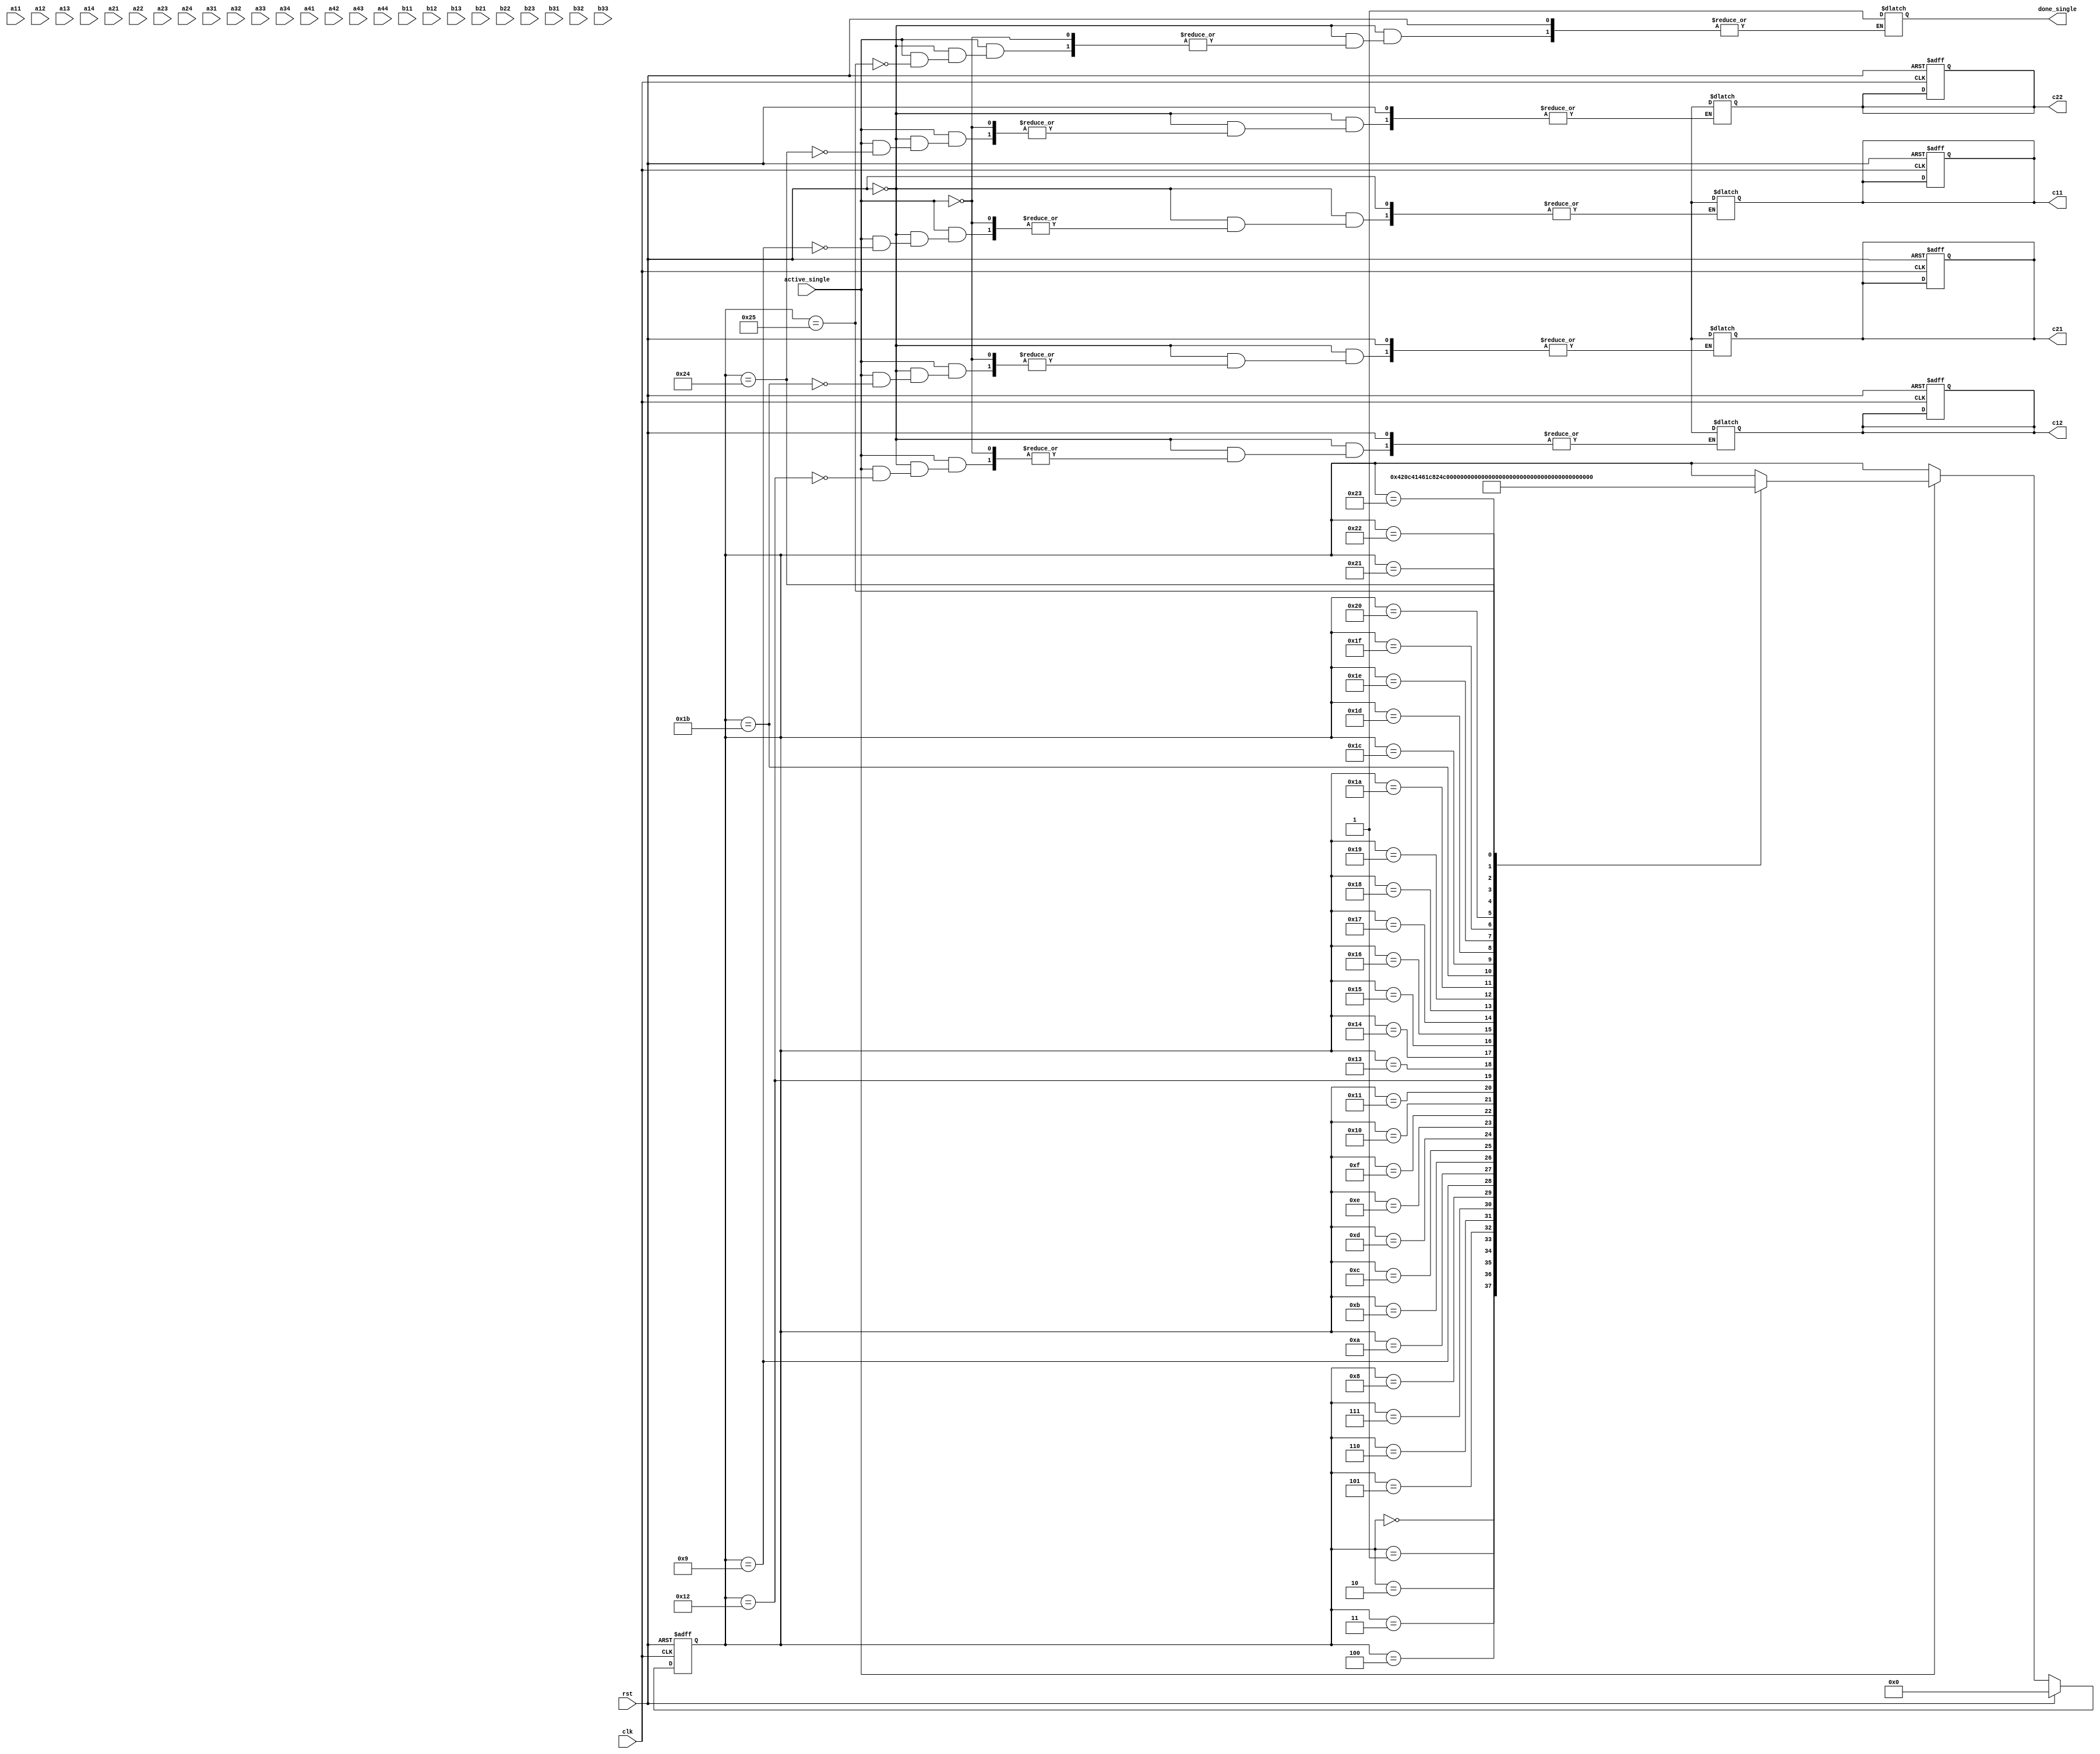


module single_process_array(clk,rst,active_single,a11,a12,a13,a14,a21,a22,a23,a24,a31,a32,a33,a34,a41,a42,a43,a44,
b11,b12,b13,b21,b22,b23,b31,b32,b33,done_single,c11,c12,c21,c22);

    input clk,rst,active_single;
    
    input [7:0] a11,a12,a13,a14,
                a21,a22,a23,a24,
                a31,a32,a33,a34,
                a41,a42,a43,a44;
    
    input [7:0] b11,b12,b13,
                b21,b22,b23,
                b31,b32,b33;

    output done_single;

    output [7:0] c11,c12,c21,c22;

    reg [7:0] input_data, input_filter;
    reg [1:0] pe_mode;
    wire [7:0] pe_output;

    reg [5:0] state, next_state;
    reg [7:0] c11_output, c12_output, c21_output, c22_output;

    reg done_single_w;

    parameter S0 = 0, S1 = 1, S2 = 2, S3 = 3, S4 = 4, S5 = 5, S6 = 6, S7 = 7, S8 = 8, S9 = 9, 
              S10 = 10, S11 = 11, S12 = 12, S13 = 13, S14 = 14, S15 = 15, S16 = 16, S17 = 17, S18 = 18, 
              S19 = 19, S20 = 20, S21 = 21, S22 = 22, S23 = 23, S24 = 24, S25 = 25, S26 = 26, S27 = 27, 
              S28 = 28, S29 = 29, S30 = 30, S31 = 31, S32 = 32, S33 = 33, S34 = 34, S35 = 35, S36 = 36,
              S37 = 37;

    always @(posedge clk or posedge rst) 
    begin
        if(rst == 1'b1) 
        begin
            state <= S0;
            c11_output <= 8'b0;
            c12_output <= 8'b0;
            c21_output <= 8'b0;
            c22_output <= 8'b0;
        end else begin
            state <= next_state;
        end
    end

    always @(*)
    begin
        next_state = state;
        
		if (rst == 1'b1)
			next_state <= S0;
		else if(active_single == 1'b1) 
        begin
            pe_mode = 1;
			case (state)
                S0: 
                begin
                    input_data = a11;
                    input_filter = b33;

                    next_state <= S1;
                end
                S1: 
                begin
                    input_data = a12;
                    input_filter = b32;

                    next_state <= S2;
                end
                S2: 
                begin
                    input_data = a13;
                    input_filter = b31;

                    next_state <= S3;
                end
                S3: 
                begin
                    input_data = a21;
                    input_filter = b23;

                    next_state <= S4;
                end
                S4: 
                begin
                    input_data = a22;
                    input_filter = b22;

                    next_state <= S5;
                end
                S5: 
                begin
                    input_data = a23;
                    input_filter = b21;

                    next_state <= S6;
                end
                S6: 
                begin
                    input_data = a31;
                    input_filter = b13;

                    next_state <= S7;
                end
                S7: 
                begin
                    input_data = a32;
                    input_filter = b12;

                    next_state <= S8;
                end
                S8: 
                begin
                    input_data = a33;
                    input_filter = b11;

                    next_state <= S9;
                end
                S9: 
                begin
                    input_data = a12;
                    input_filter = b33;

                    c11_output = pe_output;

                    next_state <= S10;
                end
                S10: 
                begin
                    input_data = a13;
                    input_filter = b32;

                    next_state <= S11;
                end
                S11: 
                begin
                    input_data = a14;
                    input_filter = b31;

                    next_state <= S12;
                end
                S12: 
                begin
                    input_data = a22;
                    input_filter = b23;

                    next_state <= S13;
                end
                S13: 
                begin
                    input_data = a23;
                    input_filter = b22;

                    next_state <= S14;
                end
                S14: 
                begin
                    input_data = a24;
                    input_filter = b21;

                    next_state <= S15;
                end
                S15: 
                begin
                    input_data = a32;
                    input_filter = b13;

                    next_state <= S16;
                end
                S16: 
                begin
                    input_data = a33;
                    input_filter = b12;

                    next_state <= S17;
                end
                S17: 
                begin
                    input_data = a34;
                    input_filter = b11;

                    next_state <= S18;
                end
                S18: 
                begin
                    input_data = a21;
                    input_filter = b33;

                    c12_output = pe_output;

                    next_state <= S19;
                end
                S19: 
                begin
                    input_data = a22;
                    input_filter = b32;

                    next_state <= S20;
                end
                S20: 
                begin
                    input_data = a23;
                    input_filter = b31;

                    next_state <= S21;
                end
                S21: 
                begin
                    input_data = a31;
                    input_filter = b23;

                    next_state <= S22;
                end
                S22: 
                begin
                    input_data = a32;
                    input_filter = b22;

                    next_state <= S23;
                end
                S23: 
                begin
                    input_data = a33;
                    input_filter = b21;

                    next_state <= S24;
                end
                S24: 
                begin
                    input_data = a41;
                    input_filter = b13;

                    next_state <= S25;
                end
                S25: 
                begin
                    input_data = a42;
                    input_filter = b12;

                    next_state <= S26;
                end
                S26: 
                begin
                    input_data = a43;
                    input_filter = b11;

                    next_state <= S27;
                end
                S27: 
                begin
                    input_data = a22;
                    input_filter = b33;

                    c21_output = pe_output;

                    next_state <= S28;
                end
                S28: 
                begin
                    input_data = a23;
                    input_filter = b32;

                    next_state <= S29;
                end
                S29: 
                begin
                    input_data = a24;
                    input_filter = b31;

                    next_state <= S30;
                end
                S30: 
                begin
                    input_data = a32;
                    input_filter = b23;

                    next_state <= S31;
                end
                S31: 
                begin
                    input_data = a33;
                    input_filter = b22;

                    next_state <= S32;
                end
                S32: 
                begin
                    input_data = a34;
                    input_filter = b21;

                    next_state <= S33;
                end
                S33: 
                begin
                    input_data = a42;
                    input_filter = b13;

                    next_state <= S34;
                end
                S34: 
                begin
                    input_data = a43;
                    input_filter = b12;

                    next_state <= S35;
                end
                S35: 
                begin
                    input_data = a44;
                    input_filter = b11;

                    next_state <= S36;
                end
                S36: 
                begin
                    input_data = 8'b0;
                    input_filter = 8'b0;

                    c22_output = pe_output;

                    next_state <= S37;
                end
                S37: 
                begin
                    input_data = 8'b0;
                    input_filter = 8'b0;

                    next_state = 0;

                    done_single_w = 1'b1;
                end
            endcase
        end
    end

    assign done_single = done_single_w;
    assign c11 = c11_output;
    assign c12 = c12_output;
    assign c21 = c21_output;
    assign c22 = c22_output;

endmodule